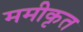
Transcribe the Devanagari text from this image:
ममीकृत